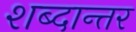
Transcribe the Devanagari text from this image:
शब्दान्तर